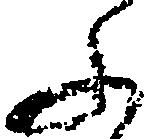
ふ